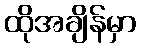
ထိုအချိန်မှာ